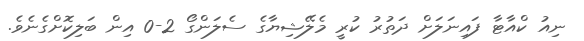
ނިއު ކްއާޓާ ފައިނަލަށް ދަތުރު ކުރީ މެލޭޝިޔާގެ ސެލަންގޯ 2-0 އިން ބަލިކޮށްގެނެވެ.